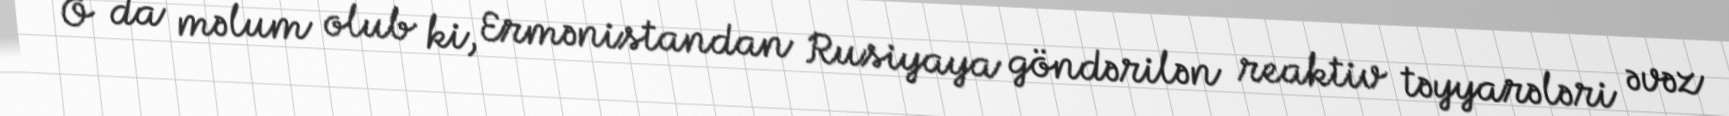
O da məlum olub ki, Ermənistandan Rusiyaya göndərilən reaktiv təyyarələri əvəz